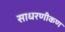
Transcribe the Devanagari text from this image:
साधरणीकण